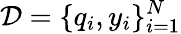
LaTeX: \mathcal{D}=\{ q_{i},y_{i}\} _{i=1}^{N}